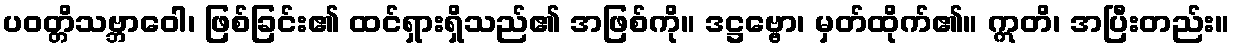
ပဝတ္တိသဗ္ဘာဝေါ၊ ဖြစ်ခြင်း၏ ထင်ရှားရှိသည်၏ အဖြစ်ကို။ ဒဋ္ဌဗ္ဗော၊ မှတ်ထိုက်၏။ ဣတိ၊ အပြီးတည်း။